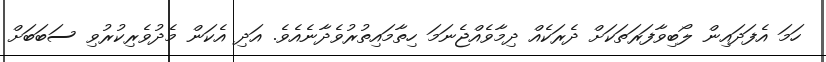
ހަމަ އެފަދައިން ލޯބިވާފަރަތަކަށް ދެރަކެއް ދިމާވެއްޖެނަމަ ހިތާމައިތުރުވެދާނެއެވެ. އަދި އެކަން މެދުވެރިކުރުވި ސަބަބަށް